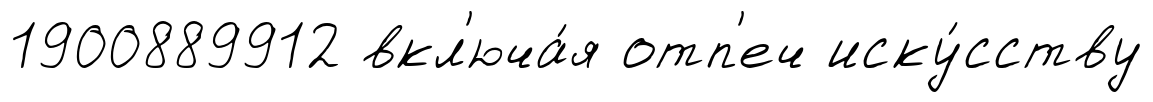
1900889912 вкл'юча́я отп'еч иску́сству